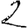
Digit: 2